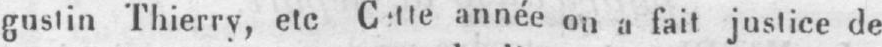
année on a fait justice de